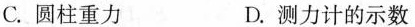
C.圆柱重力 D.测力计的示数